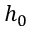
h _ { 0 }